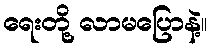
ရေးတို့ လာမပြောနဲ့။